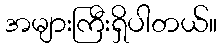
အများကြီးရှိပါတယ်။